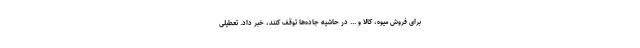
برای فروش میوه، کالا و ... در حاشیه جاده‌ها توقف کنند، خبر داد. تعطیلی